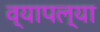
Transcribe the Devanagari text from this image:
व्यापल्या